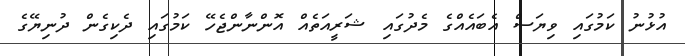
އުޅުނު ކަމުގައި ވިޔަސް އެބައެއްގެ މެދުގައި ޝަރީއަތެއް އޮންނާންޖެހޭ ކަމުގައި ދެކިގެން ދުނިޔޭގެ